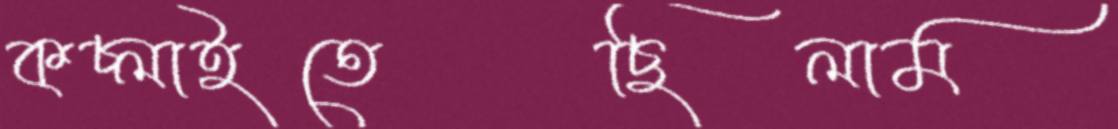
কচ্‌লাইতেছিলাম